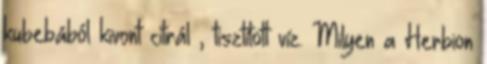
kubebából kivont citrál , tisztított víz. Milyen a Herbion